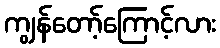
ကျွန်တော့်ကြောင့်လား